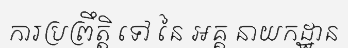
ការប្រព្រឹត្តិ ទៅ នៃ អគ្គ នាយកដ្ឋាន